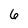
Character: 6